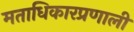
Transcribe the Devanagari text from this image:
मताधिकारप्रणाली